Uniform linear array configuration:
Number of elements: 48
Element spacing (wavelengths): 0.25
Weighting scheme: binomial
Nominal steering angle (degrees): -30
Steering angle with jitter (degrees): -28.759
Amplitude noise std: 0.05
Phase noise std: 0.05

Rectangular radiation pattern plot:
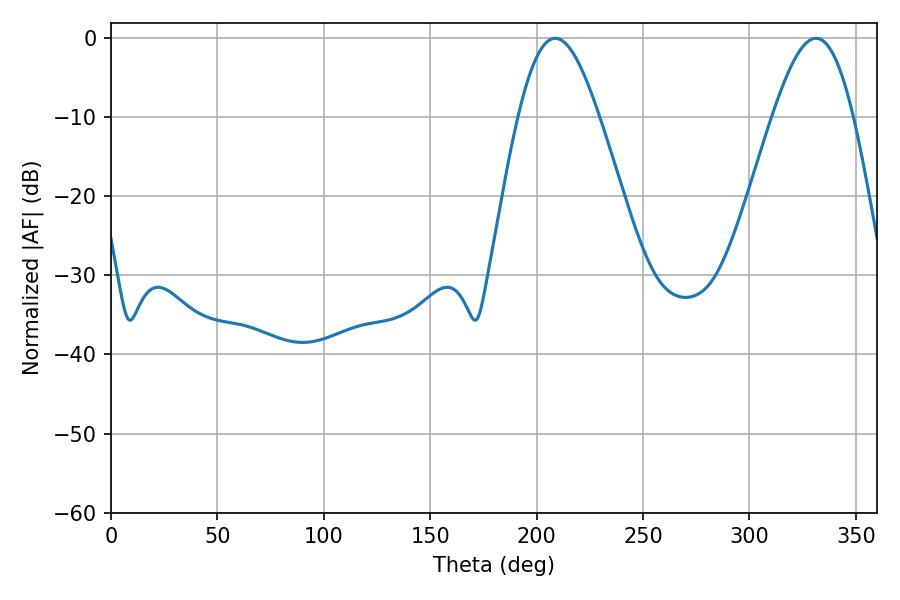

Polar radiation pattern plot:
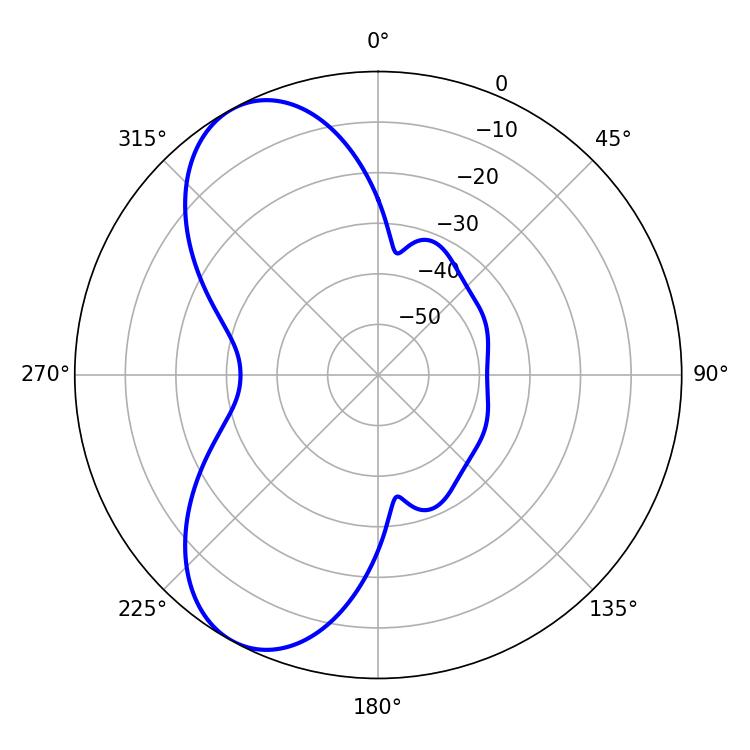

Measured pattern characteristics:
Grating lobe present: FALSE
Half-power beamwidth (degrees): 20.34
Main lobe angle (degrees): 208.8